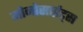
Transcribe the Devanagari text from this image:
मोनोसाईट्स